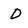
Character: D